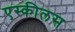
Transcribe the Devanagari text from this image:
एस्कीलस